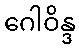
ဂေါဝိန္ဒ